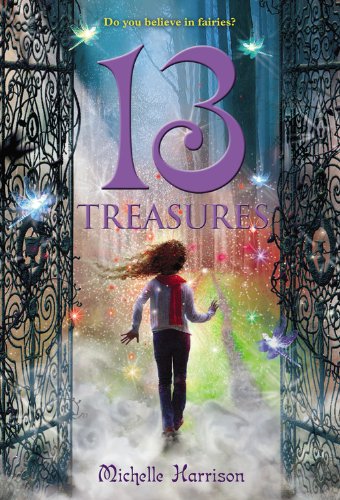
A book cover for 13 Treasures (13 Treasures Trilogy); Michelle Harrison; Children's Books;